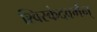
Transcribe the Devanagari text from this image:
श्विस्कंदवर्मन्